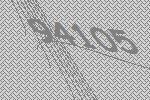
94105